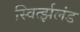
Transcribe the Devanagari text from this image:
स्विर्त्झलंड